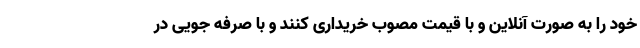
خود را به صورت آنلاین و با قیمت مصوب خریداری کنند و با صرفه جویی در